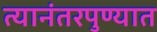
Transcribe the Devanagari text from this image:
त्यानंतरपुण्यात